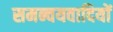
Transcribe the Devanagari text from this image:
समन्वयवादियों